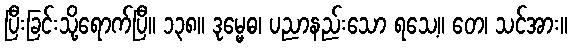
ပြီးခြင်းသို့ရောက်ပြီ။ ၁၃၈။ ဒုမ္မေဓ၊ ပညာနည်းသော ရသေ့။ တေ၊ သင်အား။